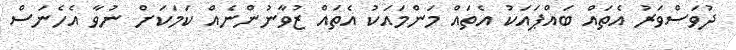
ދުވަސްވަރު އެތައް ބައްޕައަކު އެތައް މަންމައަކު އެތައް ޒުވާނުންނެއް ކަމަކަށް ނުވާ އެހެނަސް